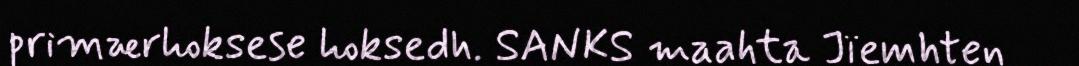
primærhoksese hoksedh. SANKS maahta Jïemhten